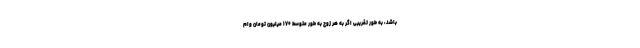
باشد، به طور تقریبی اگر به هر زوج به طور متوسط ۱۷۰ میلیون تومان وام